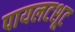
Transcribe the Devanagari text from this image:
पायलटशूट